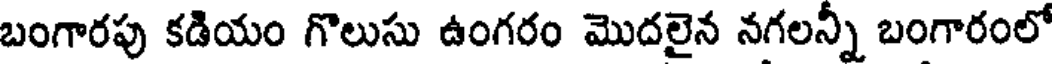
బంగారపు కడియం గొలుసు ఉంగరం మొదలైన నగలన్నీ బంగారంలో